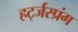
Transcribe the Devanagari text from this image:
हर्ट्जस्प्रंग